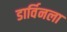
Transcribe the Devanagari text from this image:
डार्विनला